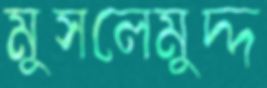
মুসলেমুদ্দ